Mental hospitals Bombay report 1929-33 - 1929-1933
Year: 1929
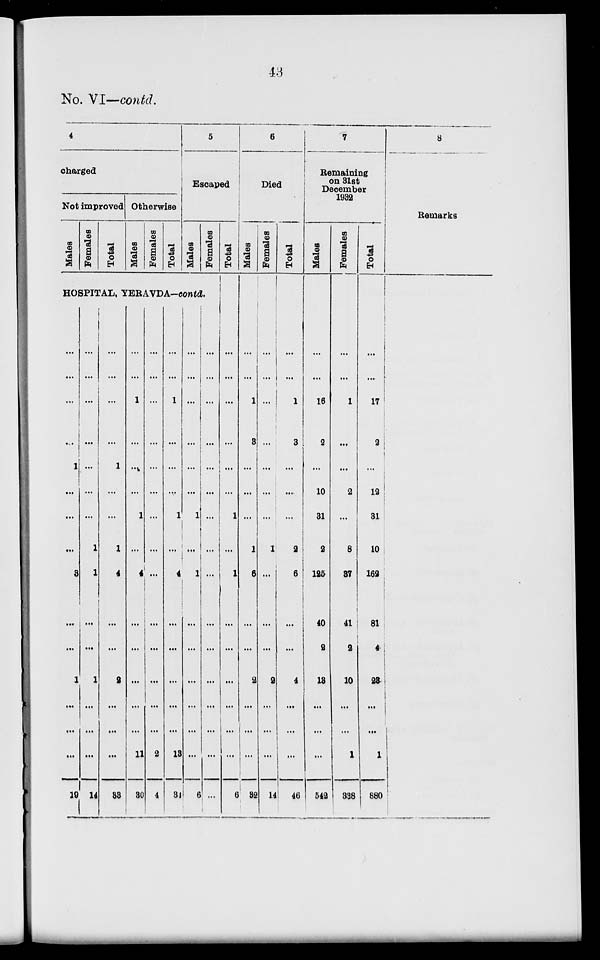
43
No. VI—contd.
4
charged
Not improved
Males
Females
Total
Otherwise
Males
Females
Total
5
Escaped
Males
Females
HOSPITAL, YERAVDA-contd.
...
...
...
...
1
...
...
...
3
...
...
1
...
...
...
19
...
...
...
...
...
...
...
1
1
...
...
1
...
...
...
14
...
...
...
...
1
...
...
1
4
...
...
2
...
...
...
33
...
...
1
...
...
...
1
...
...
...
...
...
...
...
11
30
...
...
...
...
...
...
...
...
...
...
...
...
...
...
2
4
...
...
1
...
...
...
1
...
4
...
...
...
...
...
13
34
...
...
...
...
...
...
1
...
1
...
...
...
...
...
...
6
...
...
...
...
...
...
...
...
...
...
...
...
...
...
...
...
Total
...
...
...
...
...
...
1
...
1
...
...
...
...
...
...
6
6
Died
Males
...
...
1
3
...
...
...
1
6
...
...
2
...
...
...
32
Females
...
...
...
1
...
...
...
1
...
...
...
9
...
...
...
14
Total
...
...
1
3
...
...
2
6
...
...
4
...
...
...
46
7
Remaining
on 31st
December
1932
Males
...
...
16
2
...
10
31
2
125
40
2
13
...
...
...
542
Females
...
...
1
...
...
2
...
8
37
41
2
10
...
...
1
338
Total
...
...
17
2
...
12
31
10
162
81
4
23
...
...
1
880
8
Remarks